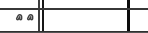
٩٠